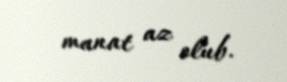
manat az olub.